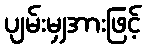
ပျမ်းမျှအားဖြင့်